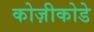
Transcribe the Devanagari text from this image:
कोज़ीकोडे